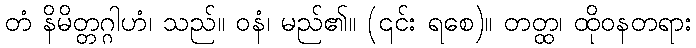
တံ နိမိတ္တဂ္ဂါဟံ၊ သည်။ ဝနံ၊ မည်၏။ (၎င်း ရစေ)။ တတ္ထ၊ ထိုဝနတရား